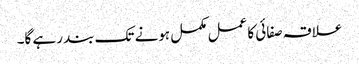
علاقہ صفائی کا عمل مکمل ہونے تک بند رہے گا۔